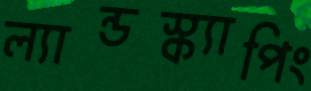
ল্যান্ডস্ক্যাপিং